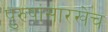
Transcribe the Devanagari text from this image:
पुरुषांसारखेच